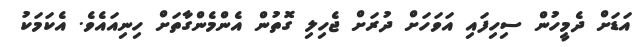
އަޑަށް ދެމީހުން ސިހިފައި އަވަހަށް ދުރަށް ޖެހިލި ގޮތުން އެންމެންގާތަށް ހިނިއައެވެ. އެކަމަކު